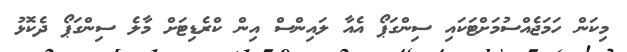
މިކަން ހަމަޖެއްސުމަށްޓަކައި ސިންގަޕޯ އެއާ ލައިންސް އިން ކްރެޑިޓަށް މާލެ ސިންގަޕޯ ދެކޮޅު